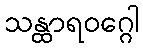
သန္ထာရဝဂ္ဂေါ